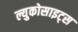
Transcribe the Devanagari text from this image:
ल्युकोसाइट्स